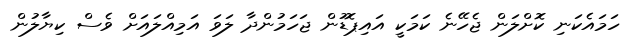
ހަމައެކަނި ކޮށްލަން ޖެހޭނެ ކަމަކީ އައިޕޮޑުން ޖަހަމުންދާ ލަވަ އަމިއްލައަށް ވެސް ކިޔާލުން